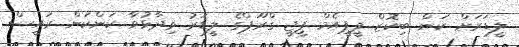
ލީޑަރަށް ކަން ބިކޮޒް ޕީޕީއެމް ޕީޖީ ގްރޫޕްގެ ލީޑަރު ވިދާޅުވާ ކަންކަން ރައީސް